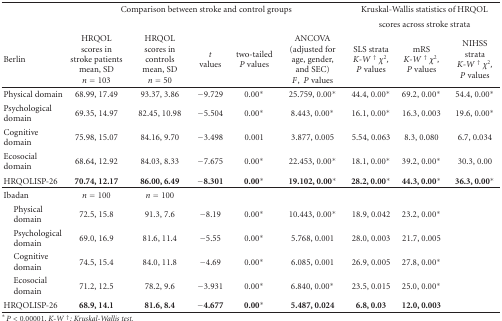
<table><thead><tr><td></td><td colspan="5"><b>Comparison between stroke and control groups</b></td><td colspan="3"><b>Kruskal-Wallis statistics of HRQOL</b></td></tr><tr><td></td><td></td><td></td><td></td><td></td><td></td><td colspan="3"><b>scores across stroke strata</b></td></tr><tr><td><b>Berlin</b></td><td><b>HRQOL scores in stroke patients mean, SD <i>n</i> = 103</b></td><td><b>HRQOL scores in controls mean, SD <i>n</i> = 50</b></td><td><b><i>t </i>values</b></td><td><b>two-tailed <i>P</i> values</b></td><td><b>ANCOVA(adjusted for age, gender, and SEC) <i>F</i>, <i>P</i> values</b></td><td><b>SLS strata<i>K-W </i><sup>†</sup><i><i>χ</i><sup>2</sup>, </i><i>P</i> values</b></td><td><b>mRS<i>K-W </i><sup>†</sup><i><i>χ</i><sup>2</sup>, </i><i>P</i> values</b></td><td><b>NIHSS strata<i>K-W </i><sup>†</sup><i><i>χ</i><sup>2</sup>, </i><i>P</i> values</b></td></tr></thead><tbody><tr><td>Physical domain</td><td>68.99, 17.49</td><td>93.37, 3.86</td><td>−9.729</td><td>0.00*</td><td>25.759, 0.00*</td><td>44.4, 0.00*</td><td>69.2, 0.00*</td><td>54.4, 0.00*</td></tr><tr><td>Psychological domain</td><td>69.35, 14.97</td><td>82.45, 10.98</td><td>−5.504</td><td>0.00*</td><td>8.443, 0.00*</td><td>16.1, 0.00*</td><td>16.3, 0.003</td><td>19.6, 0.00*</td></tr><tr><td>Cognitive domain</td><td>75.98, 15.07</td><td>84.16, 9.70</td><td>−3.498</td><td>0.001</td><td>3.877, 0.005</td><td>5.54, 0.063</td><td>8.3, 0.080</td><td>6.7, 0.034</td></tr><tr><td>Ecosocial domain</td><td>68.64, 12.92</td><td>84.03, 8.33</td><td>−7.675</td><td>0.00*</td><td>22.453, 0.00*</td><td>18.1, 0.00*</td><td>39.2, 0.00*</td><td>30.3, 0.00</td></tr><tr><td>HRQOLISP-26</td><td><b>70.74, 12.17</b></td><td><b>86.00, 6.49</b></td><td><b>−8.301</b></td><td><b>0.00*</b></td><td><b>19.102, 0.00*</b></td><td><b>28.2, 0.00*</b></td><td><b>44.3, 0.00*</b></td><td><b>36.3, 0.00*</b></td></tr><tr><td>Ibadan</td><td><i>n</i> = 100</td><td><i>n</i> = 100</td><td></td><td></td><td></td><td></td><td></td><td></td></tr><tr><td> Physical domain</td><td>72.5, 15.8</td><td>91.3, 7.6</td><td>−8.19</td><td>0.00*</td><td>10.443, 0.00*</td><td>18.9, 0.042</td><td>23.2, 0.00*</td><td></td></tr><tr><td> Psychological domain</td><td>69.0, 16.9</td><td>81.6, 11.4</td><td>−5.55</td><td>0.00*</td><td>5.768, 0.001</td><td>28.0, 0.003</td><td>21.7, 0.005</td><td></td></tr><tr><td> Cognitive domain</td><td>74.5, 15.4</td><td>84.0, 11.8</td><td>−4.69</td><td>0.00*</td><td>6.085, 0.001</td><td>26.9, 0.005</td><td>27.8, 0.00*</td><td></td></tr><tr><td> Ecosocial domain</td><td>71.2, 12.5</td><td>78.2, 9.6</td><td>−3.931</td><td>0.00*</td><td>6.840, 0.00*</td><td>23.5, 0.015</td><td>25.0, 0.00*</td><td></td></tr><tr><td>HRQOLISP-26</td><td><b>68.9, 14.1</b></td><td><b>81.6, 8.4</b></td><td><b>−4.677</b></td><td><b>0.00*</b></td><td><b>5.487, 0.024</b></td><td><b>6.8, 0.03</b></td><td><b>12.0, 0.003</b></td><td></td></tr></tbody></table>